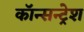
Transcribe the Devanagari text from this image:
कॉन्सन्ट्रेश